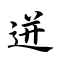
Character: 迸